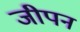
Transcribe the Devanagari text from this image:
जीपन